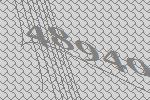
48940